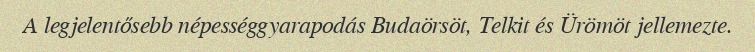
A legjelentősebb népességgyarapodás Budaörsöt, Telkit és Ürömöt jellemezte.